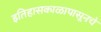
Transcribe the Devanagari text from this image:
इतिहासकाळापासूनचे